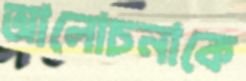
আলোচনাকে